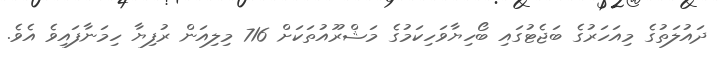
ދައުލަތުގެ މިއަހަރުގެ ބަޖެޓުގައި ބޯހިޔާވަހިކަމުގެ މަޝްރޫއުތަކަށް 716 މިލިއަން ރުފިޔާ ހިމަނާފައިވެ އެވެ.